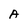
Character: A